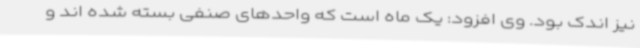
نیز اندک بود. وی افزود: یک ماه است که واحدهای صنفی بسته شده اند و